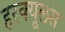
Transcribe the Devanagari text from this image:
हरक्‍यूलस